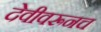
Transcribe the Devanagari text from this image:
देवीवरूनच